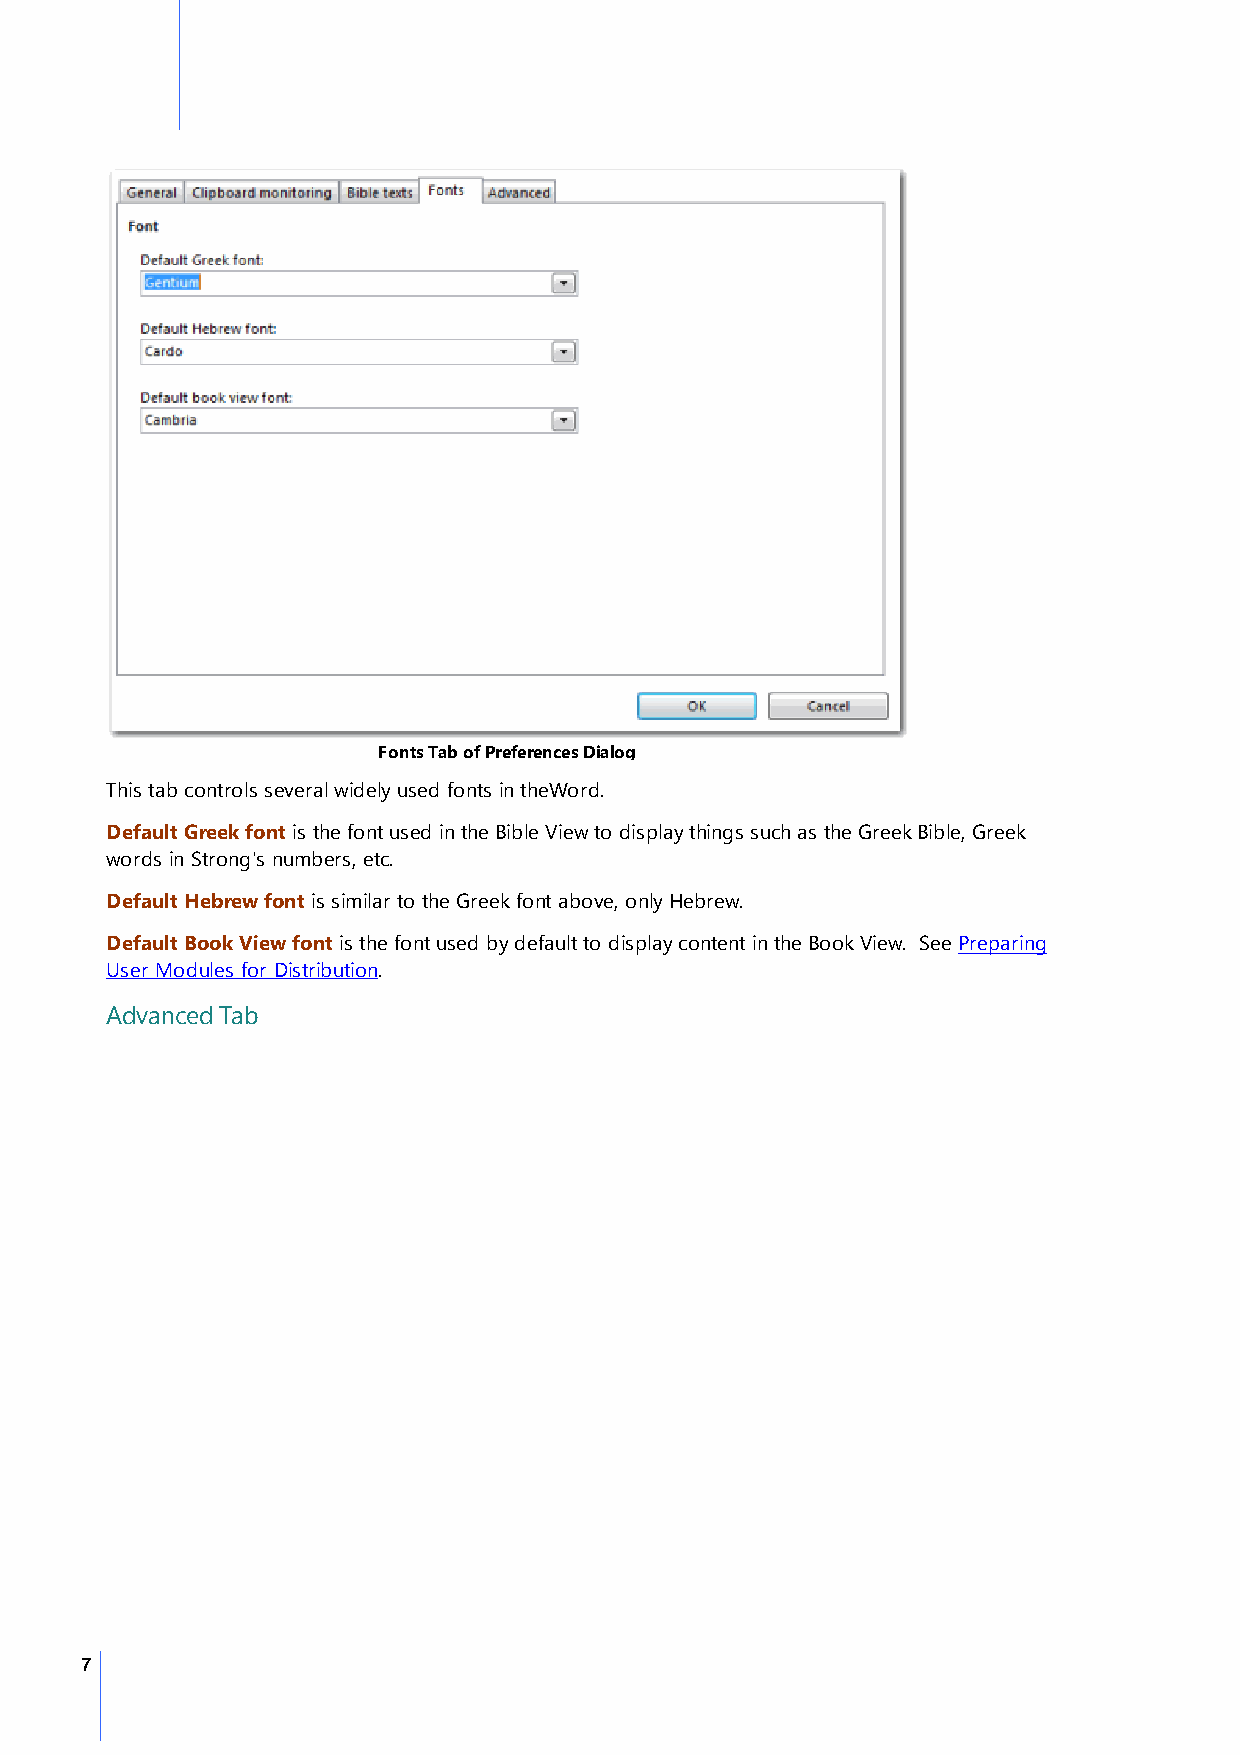
Fonts Tab of Preferences Dialog
 This tab controls several widely used fonts in theWord.
 Default Greek font is the font used in the Bible View to display things such as the Greek Bible, Greek
 words in Strong's numbers, etc.
 Default Hebrew font is similar to the Greek font above, only Hebrew.
 Default Book View font is the font used by default to display content in the Book View. See Preparing
 User Modules for Distribution.
 Advanced Tab
 7